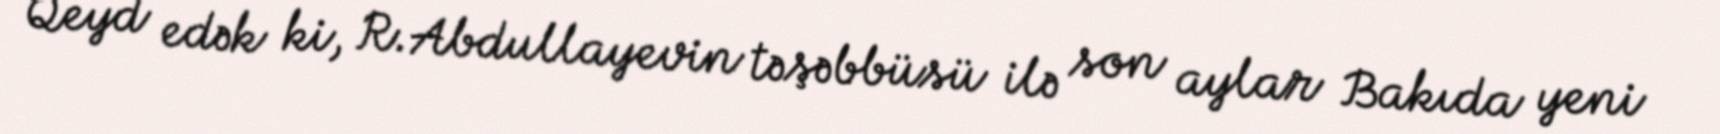
Qeyd edək ki, R.Abdullayevin təşəbbüsü ilə son aylar Bakıda yeni